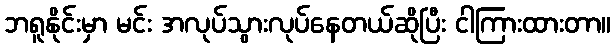
ဘရူနိုင်းမှာ မင်း အလုပ်သွားလုပ်နေတယ်ဆိုပြီး ငါကြားထားတာ။